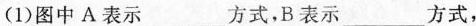
(1)图中A表示___方式，B表示___方式，